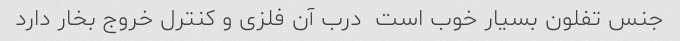
جنس تفلون بسیار خوب است  درب آن فلزی و کنترل خروج بخار دارد